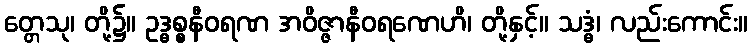
တ္တေသု၊ တို့၌။ ဥဒ္ဓစ္စနီဝရဏ အဝိဇ္ဇာနီဝရဏေဟိ၊ တို့နှင့်။ သဒ္ဓံ၊ လည်းကောင်း။